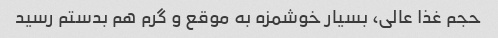
حجم غذا عالی، بسیار خوشمزه به موقع و گرم هم بدستم رسید